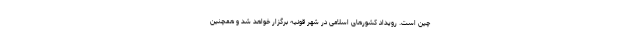
چین است. رویداد کشورهای اسلامی در شهر قونیه برگزار خواهد شد و همچنین